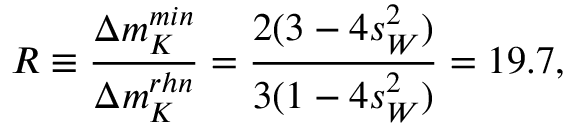
R \equiv \frac { \Delta m _ { K } ^ { m i n } } { \Delta m _ { K } ^ { r h n } } = \frac { 2 ( 3 - 4 s _ { W } ^ { 2 } ) } { 3 ( 1 - 4 s _ { W } ^ { 2 } ) } = 1 9 . 7 ,